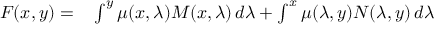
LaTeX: \begin{array} { r l } { F ( x , y ) = } & { { } \int ^ { y } \mu ( x , \lambda ) M ( x , \lambda ) \, d \lambda + \int ^ { x } \mu ( \lambda , y ) N ( \lambda , y ) \, d \lambda } \end{array}